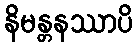
နိမန္တနဿာပိ